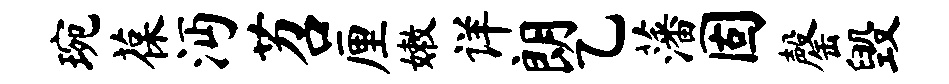
琬葆沔苕厘嫩详朗乙藩固罄毁